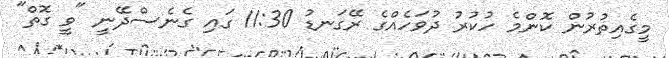
މީގެއިތުރުން ކޮންމެ ހުކުރު ދުވަހެއްގެ ރޭގަނޑު 11:30 ގައި ގެނެސްދޭނީ "ވީ ގޮތް"